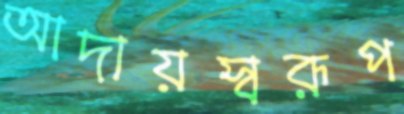
আদায়স্বরূপ